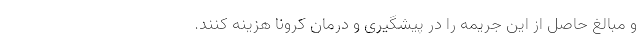
و مبالغ حاصل از این جریمه را در پیشگیری و درمان کرونا هزینه کنند.